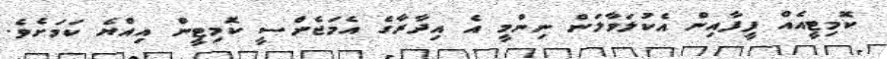
ކޮމިޓީއެއް ފީފާއިން އެކުލަވާލަން ނިންމީ އެ އިދާރާގެ އެމަޖެންސީ ކޮމިޓީން އިއްޔެ ކަމަށެވެ.